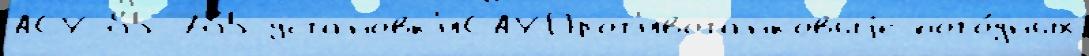
АСУ-85 785 установк'иСАУПрот'ивотанковыjе пого́дных